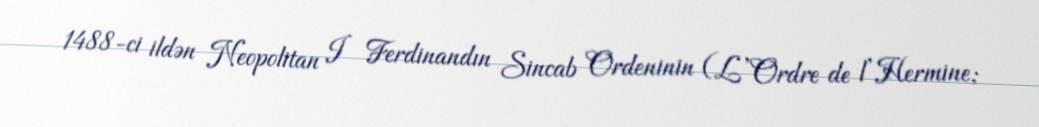
1488-ci ildən Neopolitan I Ferdinandın Sincab Ordeninin (L’Ordre de l’Hermine;